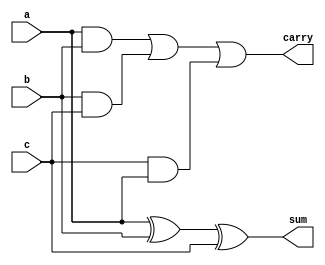
`timescale 1ns / 1ps
//////////////////////////////////////////////////////////////////////////////////
// Company: 
// Engineer: 
// 
// Design Name: 
// Module Name:    fulladder 
// Project Name: 
// Target Devices: 
// Tool versions: 
// Description: 
//
// Dependencies: 
//
// Revision: 
// Revision 0.01 - File Created
// Additional Comments: 
//
//////////////////////////////////////////////////////////////////////////////////
module fulladder(a,b,c,sum,carry);
input a;
input b;
input c;
output sum;
output carry;
xor(sum,a,b,c);
wire w1,w2,w3;

and(w1,a,b);
and(w2,b,c);
and(w3,c,a);

or(carry,w1,w2,w3);
endmodule